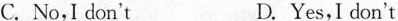
C. No,I don't D. Yes,I don't